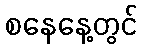
စနေနေ့တွင်